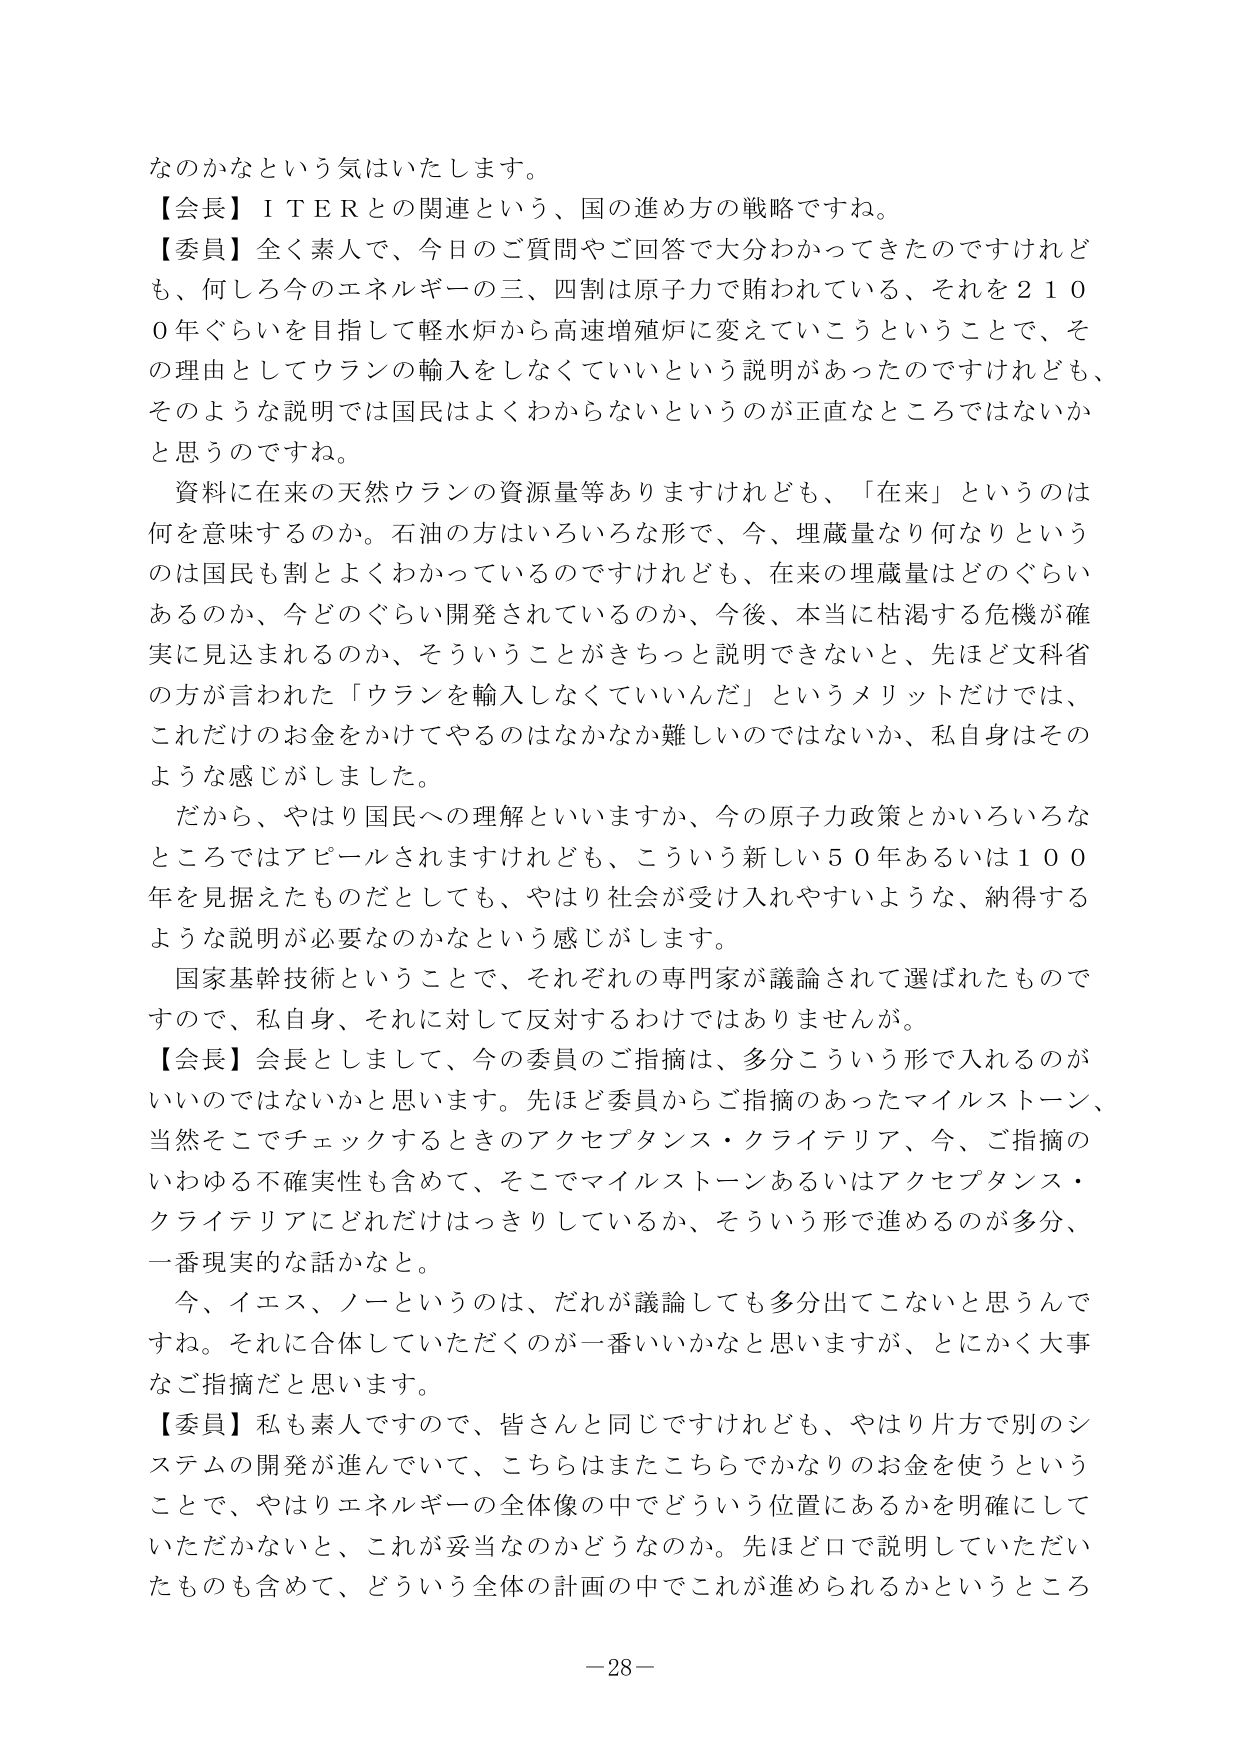
なのかなという気はいたします。
【会長】ＩＴＥＲとの関連という、国の進め方の戦略ですね。
【委員】全く素人で、今日のご質問やご回答で大分わかってきただけでなく、何しろ今のエネルギーの三、四割は原子力で賄われている、それを２１００年ぐらいを目指して軽水炉から高速増殖炉に変えていこうということで、その理由としてウランの輸入をしなくていいという説明があったのですけれども、そのような説明では国民はよくわからないというのが正直なところではないかと思うのですね。
資料に在来の天然ウランの資源量等ありますけれども、「在来」というのは何を意味するのか。石油の方はいろいろな形で、今、埋蔵量なり何なりというのは国民も割とよくわかっているのですけれども、在来の埋蔵量はどのぐらいあるのか、今どのぐらい開発されているのか、今後、本当に枯渇する危機が確実に見込まれるのか、そういうことがきちっと説明できないと、先ほど文科省の方が言われた「ウランを輸入しなくていいんだ」というメリットだけでは、これだけのお金をかけてやるのはなかなか難しいのではないか、私自身はそのような感じがしました。
だから、やはり国民への理解といいますか、今の原子力政策とかいろいろなところではアピールされますけれども、こういう新しい５０年あるいは１００年を見据えたものだとしても、やはり社会が受け入れやすいような、納得するような説明が必要なのかなという感じがします。
国家基幹技術ということで、それぞれの専門家が議論されて選ばれたものですので、私自身、それに対して反対するわけではありませんが。
【会長】会長としまして、今の委員のご指摘は、多分こういう形で入れるのがいいのではないかと思います。先ほど委員からご指摘のあったマイルストーン、当然そこでチェックするときのアクセプタンス・クライテリア、今、ご指摘のいわゆる不確実性も含めて、そこでマイルストーンあるいはアクセプタンス・クライテリアにどれだけはっきりしているか、そういう形で進めるのが多分、一番現実的な話かなと。
今、イエス、ノーというのは、だれが議論しても多分出てこないと思うんですね。それに合体していただくのが一番いいかなと思いますが、とにかく大事なご指摘だと思います。
【委員】私も素人ですので、皆さんと同じですけれども、やはり片方で別のシステムの開発が進んでいて、こちらはまたこちらでかなりのお金を使うということで、やはりエネルギーの全体像の中でどういう位置にあるかを明確にしていただかないと、これが妥当なのかどうなのか。先ほど口で説明していただいたものも含めて、どういう全体の計画の中でこれが進められるかというところ
－28－